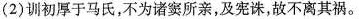
(2) 训初厚于马氏，不为诸窦所亲，及宪诛，故不离其祸。